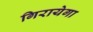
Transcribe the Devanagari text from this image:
गिरायेगा